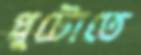
প্লুটোতে